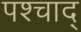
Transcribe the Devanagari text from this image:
पश्चाद्